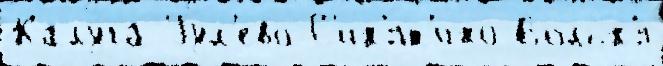
Калу́га Гул'ево С'ин'ят'ино Вольн'я